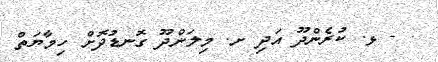
- ޅ. ކުރެންދޫ އަދި ށ. މިލަންދޫ ގޮނޑުދޮށް ހިމާޔަތް